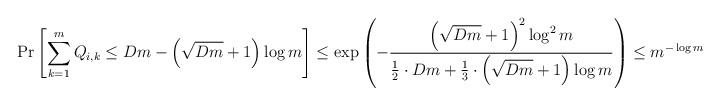
\begin{align*} \Pr\left[\sum_{k = 1}^m Q_{i, k} \leq Dm - \left(\sqrt{Dm} + 1 \right) \log m \right] \leq \exp \left( -\frac{\left( \sqrt{Dm} + 1 \right)^2 \log^2 m}{\frac{1}{2} \cdot Dm + \frac{1}{3} \cdot \left(\sqrt{Dm} + 1\right) \log m} \right) \leq m^{-\log m} \end{align*}